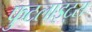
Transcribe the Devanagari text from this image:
फुटलाइट्स